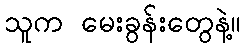
သူက မေးခွန်းတွေနဲ့။